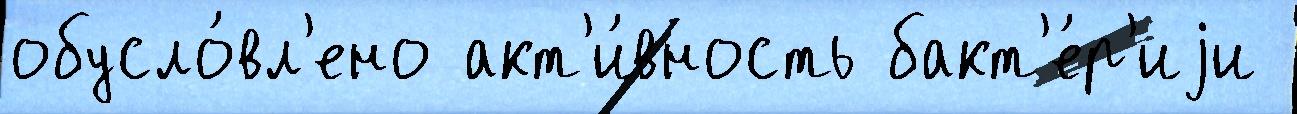
обусло́вл'ено акт'и́вность бакт'е́р'иjи